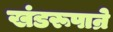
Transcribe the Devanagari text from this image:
खंडरूपान्रे